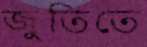
জুতিতে